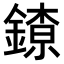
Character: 𨫜